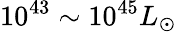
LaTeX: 10^{43}\sim 10^{45}L_{\odot}